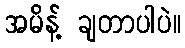
အမိန့် ချတာပါပဲ။